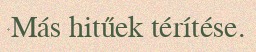
Más hitűek térítése.